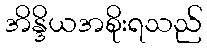
အိန္ဒိယအစိုးရသည်